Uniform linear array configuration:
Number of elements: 4
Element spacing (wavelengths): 0.25
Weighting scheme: blackman
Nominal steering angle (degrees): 0
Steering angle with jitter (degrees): -0.2067
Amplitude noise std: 0.05
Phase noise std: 0.05

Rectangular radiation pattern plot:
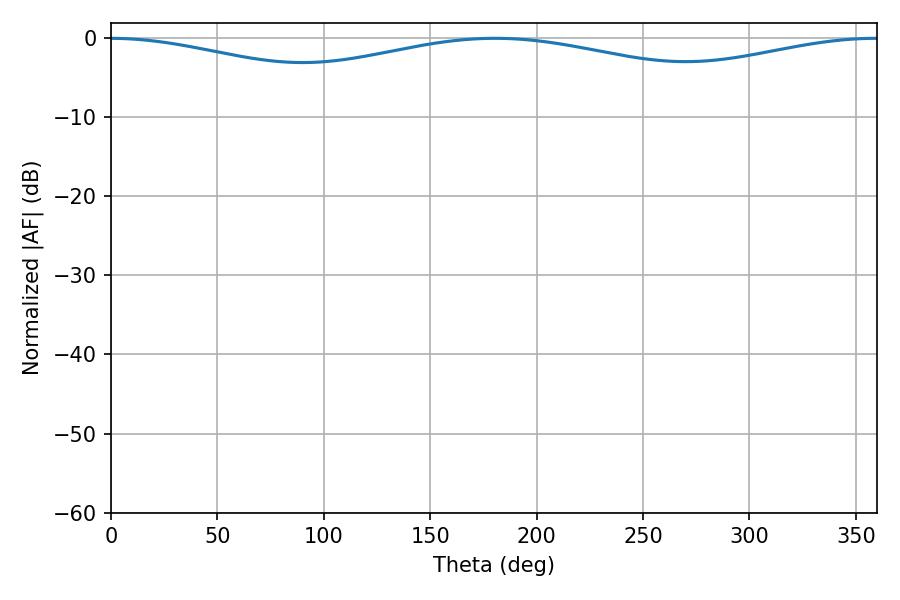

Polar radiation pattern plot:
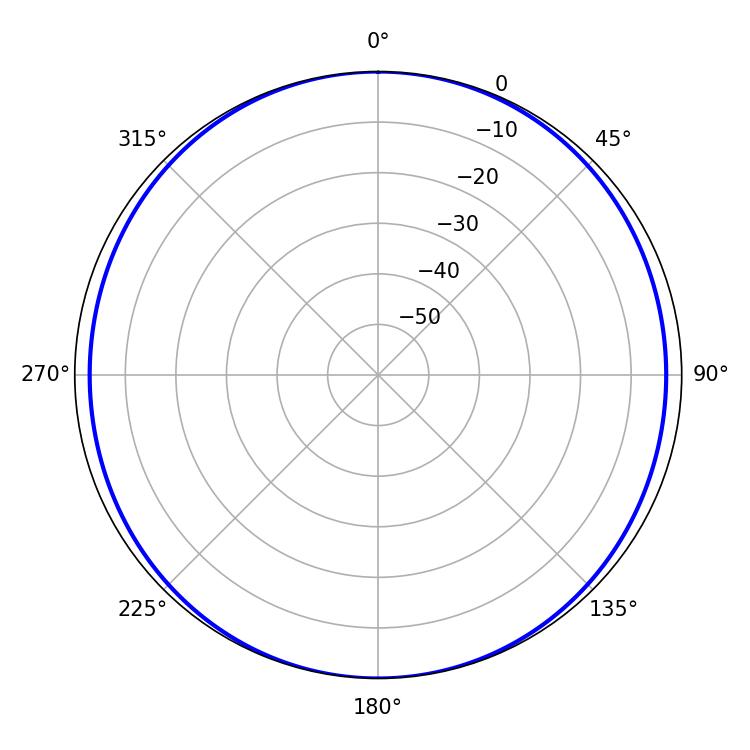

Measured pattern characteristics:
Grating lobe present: FALSE
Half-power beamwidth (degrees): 262.44
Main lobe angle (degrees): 359.46